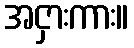
အငှားကား။